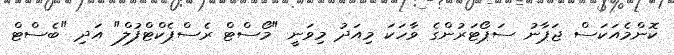
ކޮންމެއަކަސް ޖަޕާނު ސަޕޯޓަރުންގެ ވާހަކަ މިއަދު މިވަނީ "މޯސްޓް ރެސްޕެކްޓްފުލް" އަދި "ބެސްޓް